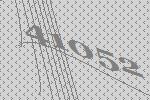
41052